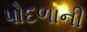
પોદળાની